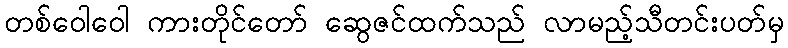
တစ်ဝေါဝေါ ကားတိုင်တော် ဆွေဇင်ထက်သည် လာမည့်သီတင်းပတ်မှ